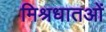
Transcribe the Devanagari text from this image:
मिश्रधातओं